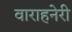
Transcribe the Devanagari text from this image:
वाराहनेरी